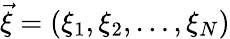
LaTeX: \vec{\xi}=(\xi_{1},\xi_{2},\dots,\xi_{N})